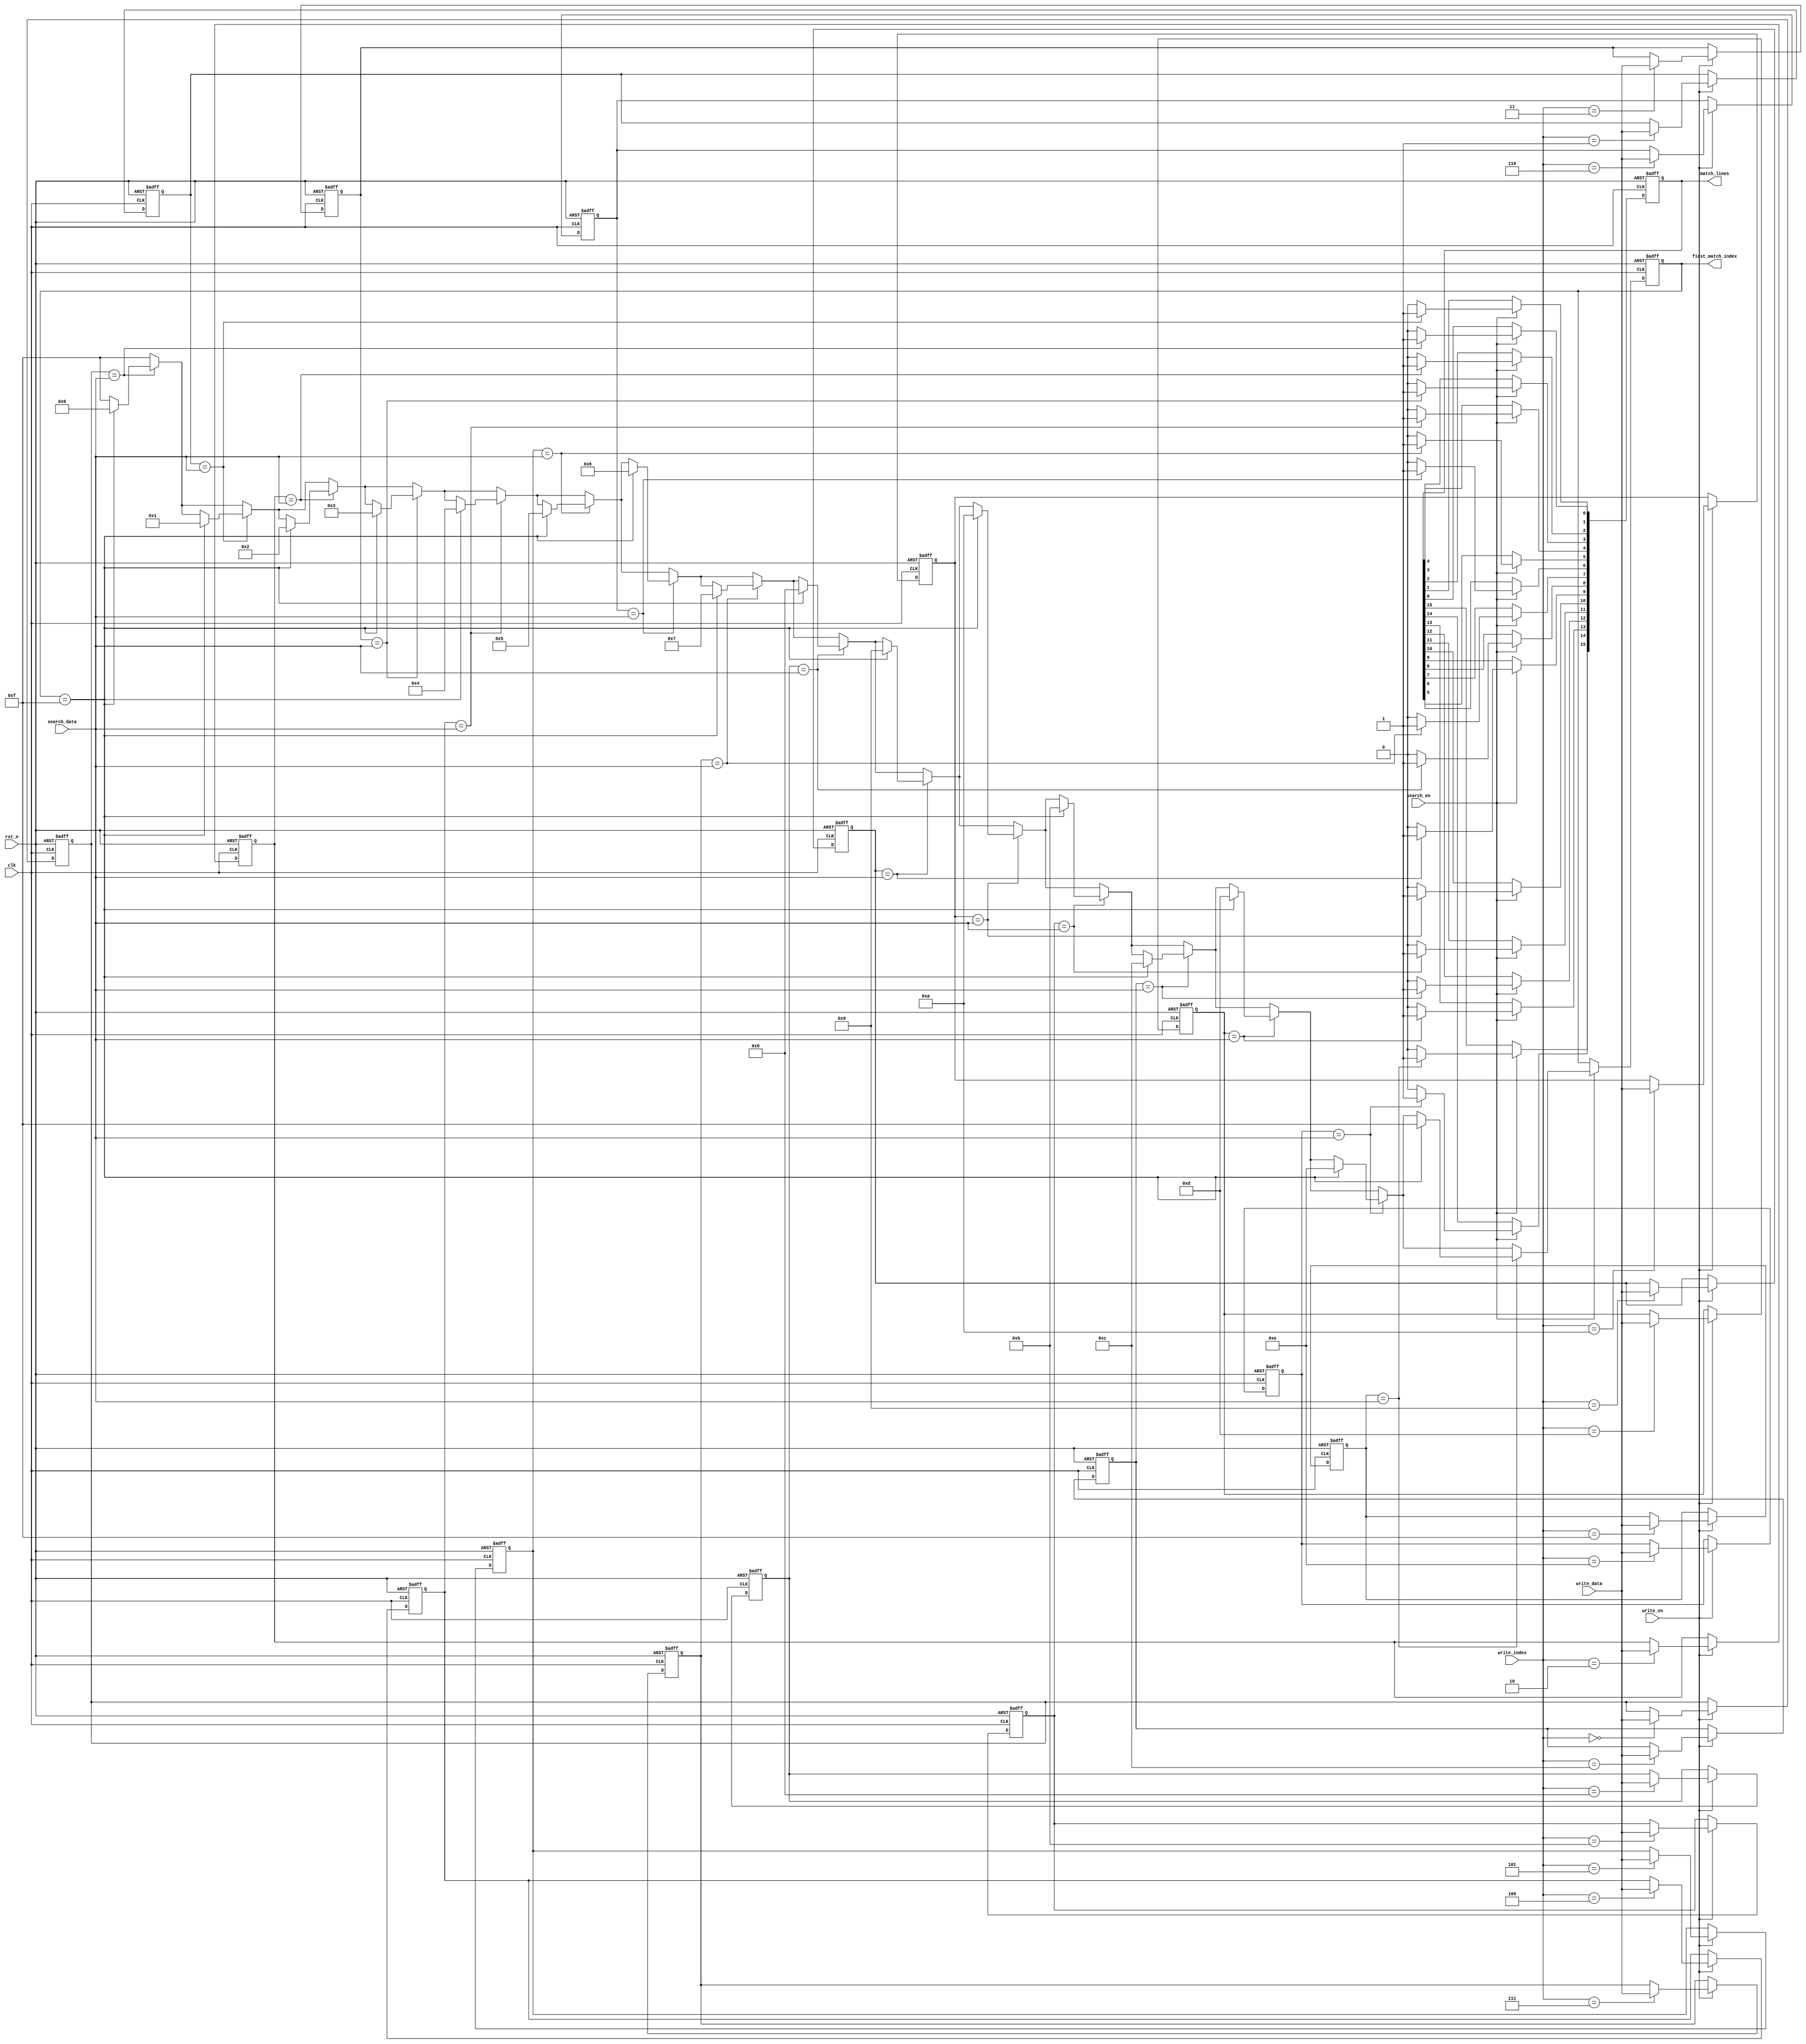
module CAM #(
    parameter DATA_WIDTH = 8,      // Width of each data entry
    parameter NUM_ENTRIES = 16      // Number of entries in the CAM
)(
    input wire clk,
    input wire rst_n,
    input wire [DATA_WIDTH-1:0] search_data,   // Data to search for
    input wire [DATA_WIDTH-1:0] write_data,     // Data to write
    input wire [3:0] write_index,               // Index to write data
    input wire search_en,                        // Enable search operation
    input wire write_en,                         // Enable write operation
    output reg [NUM_ENTRIES-1:0] match_lines,   // Match lines for each entry
    output reg [3:0] first_match_index          // Index of the first match
);

    // Memory array to store data
    reg [DATA_WIDTH-1:0] memory [0:NUM_ENTRIES-1];

    // Initialize memory
    integer i;
    always @(posedge clk or negedge rst_n) begin
        if (!rst_n) begin
            // Reset memory
            for (i = 0; i < NUM_ENTRIES; i = i + 1) begin
                memory[i] <= {DATA_WIDTH{1'b0}};
            end
            match_lines <= {NUM_ENTRIES{1'b0}};
            first_match_index <= 4'b1111; // No match
        end else begin
            if (write_en) begin
                // Write data to the specified index
                memory[write_index] <= write_data;
            end
            
            if (search_en) begin
                // Perform search operation
                match_lines <= {NUM_ENTRIES{1'b0}}; // Clear previous match lines
                first_match_index <= 4'b1111; // Reset first match index
                for (i = 0; i < NUM_ENTRIES; i = i + 1) begin
                    if (memory[i] == search_data) begin
                        match_lines[i] <= 1'b1; // Set match line
                        if (first_match_index == 4'b1111) begin
                            first_match_index <= i; // Set first match index
                        end
                    end
                end
            end
        end
    end
endmodule